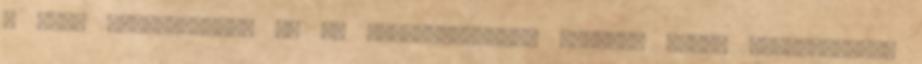
A zene alapelmélete és az összhangzattan elemei, rövid műszótárral.